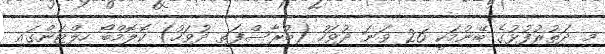
މި ދަތުރުފުޅުގެ ބޭނުމަކީ 26 ވަނަ ދުވަހު (ބުރާސްފަތި ދުވަހު) ކޮލޮމްބޯ ހިލްޓަންގައި